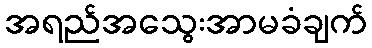
အရည်အသွေးအာမခံချက်